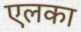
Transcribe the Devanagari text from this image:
एलका